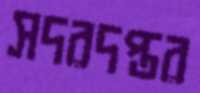
সদরদপ্তর